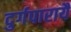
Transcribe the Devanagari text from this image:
दुर्गपारायै